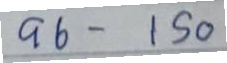
96 - 150